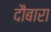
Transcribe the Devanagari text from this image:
दौबारा